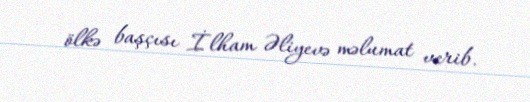
ölkə başçısı İlham Əliyevə məlumat verib.